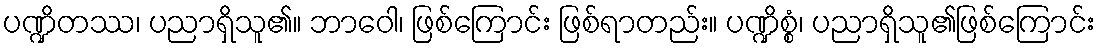
ပဏ္ဍိတဿ၊ ပညာရှိသူ၏။ ဘာဝေါ၊ ဖြစ်ကြောင်း ဖြစ်ရာတည်း။ ပဏ္ဍိစ္စံ၊ ပညာရှိသူ၏ဖြစ်ကြောင်း